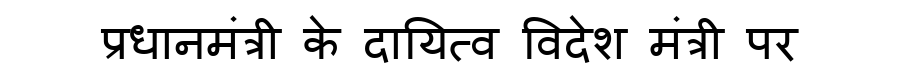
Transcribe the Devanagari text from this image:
प्रधानमंत्री के दायित्व विदेश मंत्री पर